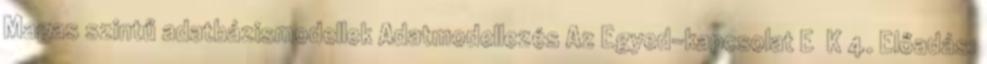
Magas szintű adatbázismodellek Adatmodellezés Az Egyed-kapcsolat E K 4. Előadás: